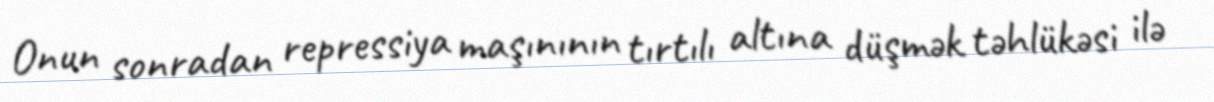
Onun sonradan repressiya maşınının tırtılı altına düşmək təhlükəsi ilə